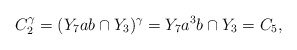
\begin{align*}C_2^{\gamma}=(Y_7ab\cap Y_3)^{\gamma}=Y_7a^3b\cap Y_3=C_5,\end{align*}